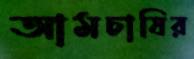
আমচাষির